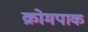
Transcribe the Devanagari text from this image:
क्रोमपाक